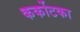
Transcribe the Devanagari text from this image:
कर्कोटका